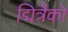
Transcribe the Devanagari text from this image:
द्मित्रेंको